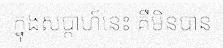
ក្នុងសប្តាហ៍នេះ គឺមិនបាន